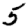
Digit: 5